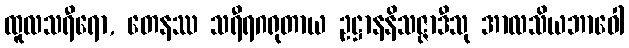
ထူလသရီရော, တေနဿ သရီရဂရုတာယ ဥဋ္ဌာနနိသဇ္ဇာဒီသု အာလသိယဘာဝေါ